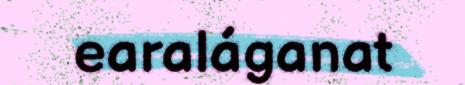
earaláganat